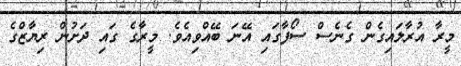
މީރާ އުރާލައިގެން ގެނެސްް ސޯފާގައި އޭނަ ބޭއްވިއެވެ. މީރާގެ ގައި ދަށުން ރިޔާޒްގެ